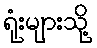
ရုံးများသို့